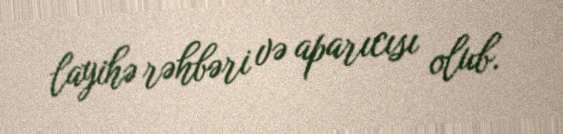
layihə rəhbəri və aparıcısı olub.